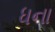
ધના